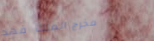
مخرج الملك فهد